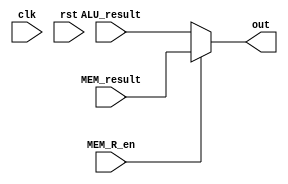
module WB_stage (clk, rst, ALU_result, MEM_result, MEM_R_en, out);
input clk; //not needed
input rst; //not needed
input [31:0] ALU_result;
input [31:0] MEM_result;
input MEM_R_en;
output [31:0] out;

	assign out = MEM_R_en ? MEM_result: ALU_result;

endmodule